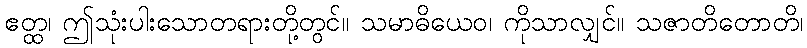
ဧတ္ထ၊ ဤသုံးပါးသောတရားတို့တွင်။ သမာဓိယေဝ၊ ကိုသာလျှင်။ သဇာတိတောတိ၊